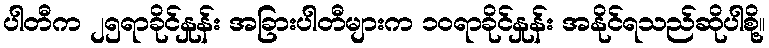
ပါတီက ၂၅ရာခိုင်နှုန်း အခြားပါတီများက ၁၀ရာခိုင်နှုန်း အနိုင်ရသည်ဆိုပါစို့။